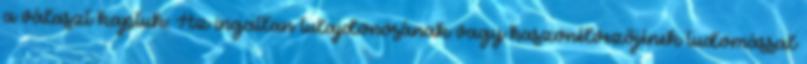
a választ kaptuk: Az ingatlan tulajdonosának vagy haszonélvezőjének tudomással